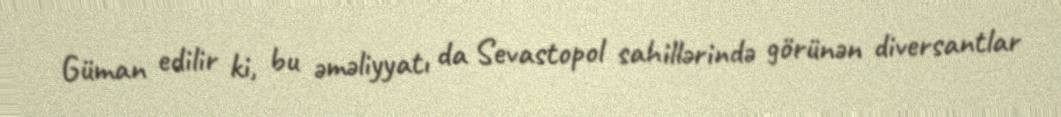
Güman edilir ki, bu əməliyyatı da Sevastopol sahillərində görünən diversantlar